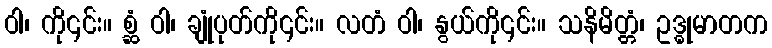
ဝါ၊ ကို၎င်း။ စ္ဆံ ဝါ၊ ချုံပုတ်ကို၎င်း။ လတံ ဝါ၊ နွယ်ကို၎င်း။ သနိမိတ္တံ၊ ဥဒ္ဓုမာတက